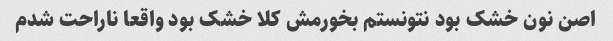
اصن نون خشک بود نتونستم بخورمش کلا خشک بود واقعا ناراحت شدم